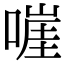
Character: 嘊